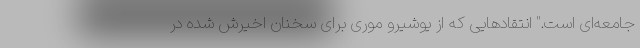
جامعه‌ای است." انتقادهایی که از یوشیرو موری برای سخنان اخیرش شده در